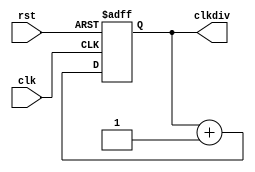
`timescale 1ns / 1ps
//////////////////////////////////////////////////////////////////////////////////
// Company: 
// Engineer: 
// 
// Design Name: 
// Module Name:    clkdiv 
// Project Name: 
// Target Devices: 
// Tool versions: 
// Description: 
//
// Dependencies: 
//
// Revision: 
// Revision 0.01 - File Created
// Additional Comments: 
//
//////////////////////////////////////////////////////////////////////////////////
module clkdiv(
	input clk,
	input rst,
	output reg [31:0] clkdiv
);
	always @ (posedge clk or posedge rst) begin 
		if(rst) clkdiv <= 0;
		else clkdiv <= clkdiv + 1'b1;
	end
	
endmodule